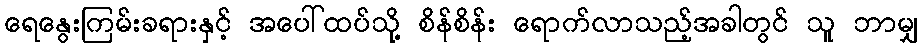
ရေနွေးကြမ်းခရားနှင့် အပေါ်ထပ်သို့ စိန်စိန်း ရောက်လာသည့်အခါတွင် သူ ဘာမျှ